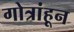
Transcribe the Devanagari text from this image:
गोत्रांहून